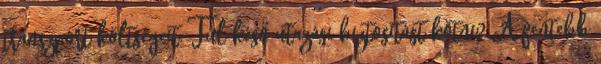
transzport költségeit. Túl késő utazási biztosítást kötni? A fentebb